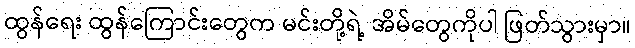
ထွန်ရေး ထွန်ကြောင်းတွေက မင်းတို့ရဲ့ အိမ်တွေကိုပါ ဖြတ်သွားမှာ။